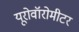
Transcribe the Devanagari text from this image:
यूरोवॉरोमीटर